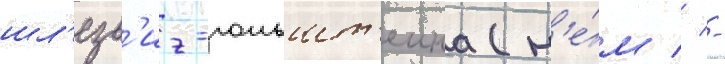
шл'езв'иг-гольшт'еина (н'е́м // -